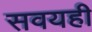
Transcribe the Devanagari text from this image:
सवयही